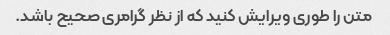
متن را طوری ویرایش کنید که از نظر گرامری صحیح باشد.